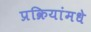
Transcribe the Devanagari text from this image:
प्रक्रियांमधे